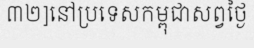
៣២]នៅប្រទេសកម្ពុជាសព្វថ្ងៃ